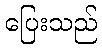
ပြေးသည်